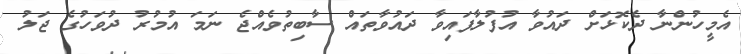
އެމީހުންނާ ދެކޮޅަށް ދައުވާ އުފުލާފައިވާ ދައުވާތައް ސާބިތުވެއްޖެ ނަމަ އުމުރު ދުވަހުގެ ޖަލު